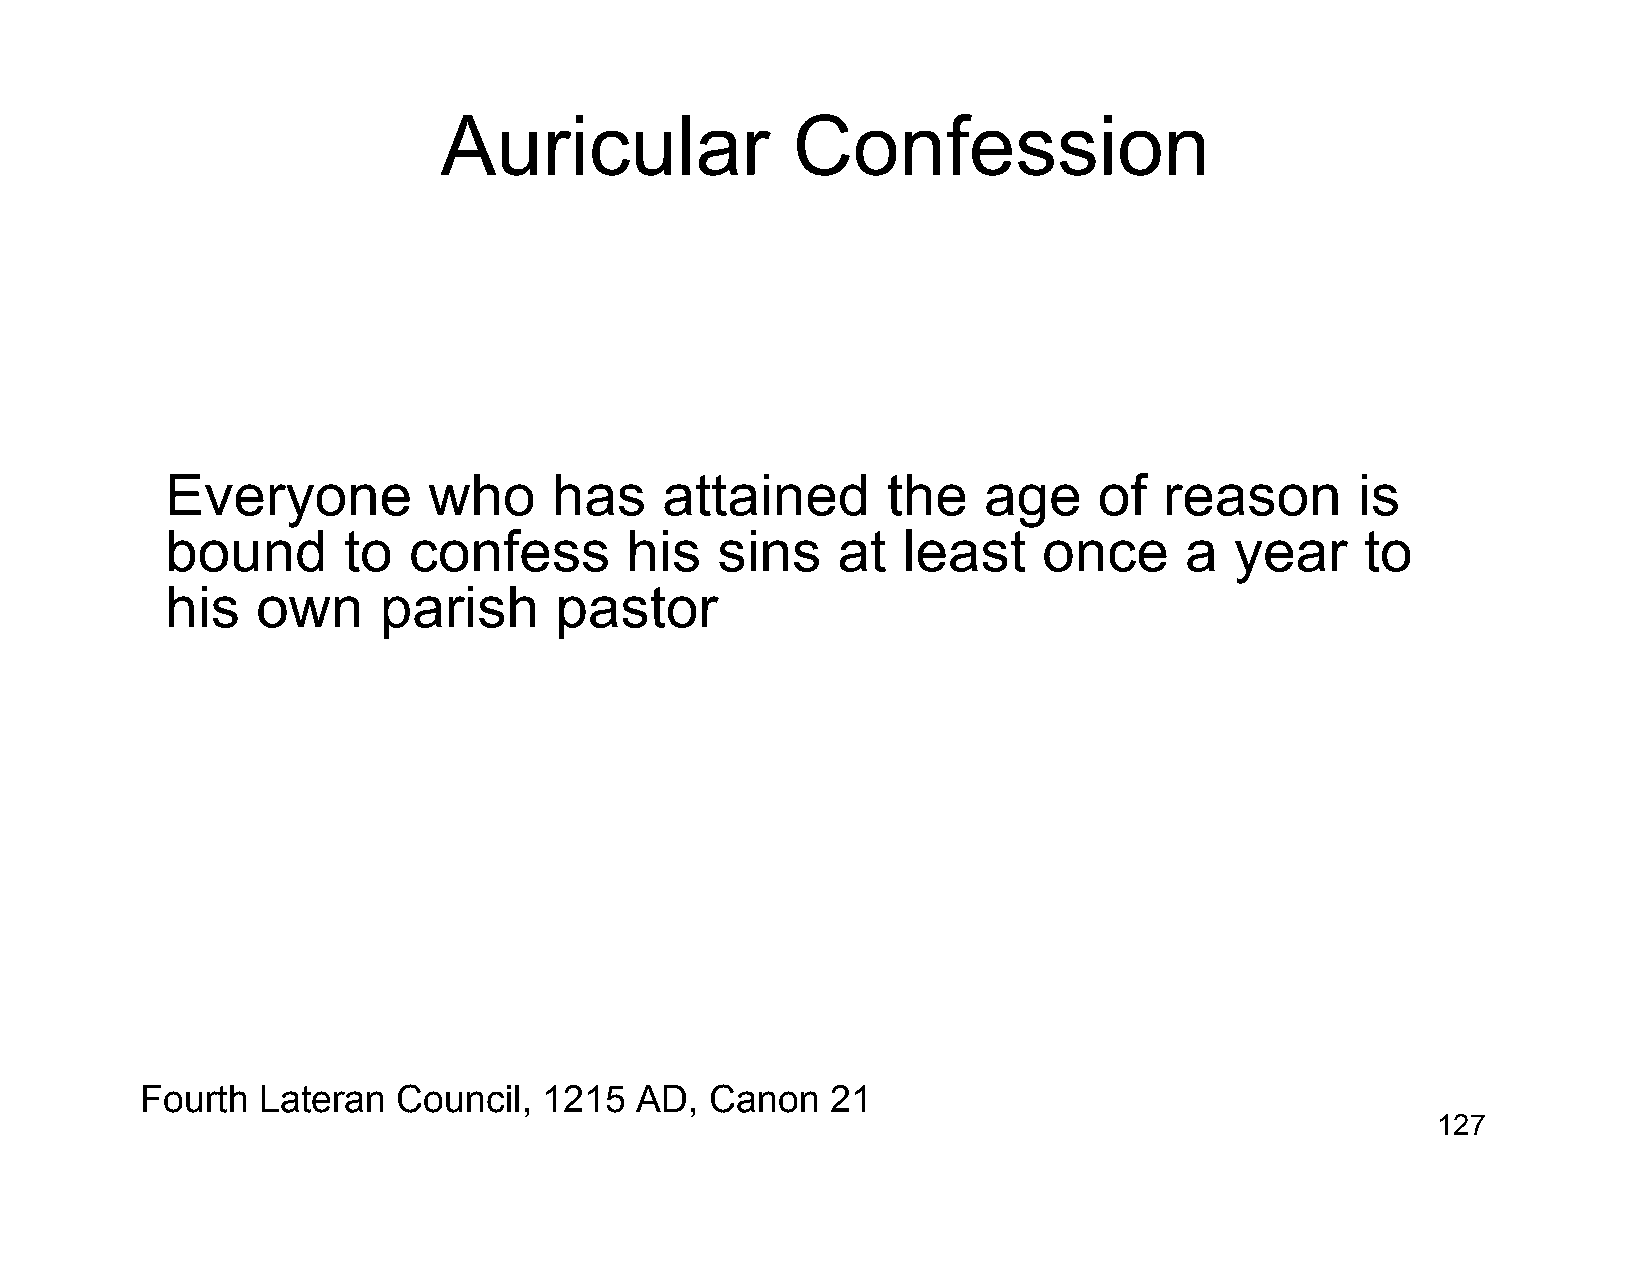
Auricular              Confession
 Everyone         who      has    attained       the   age     of  reason       is
 bound       to  confess       his   sins    at   least    once     a   year    to
 his   own     parish      pastor
 Fourth  Lateran  Council,  1215  AD,  Canon   21
 127